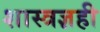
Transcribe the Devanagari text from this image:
शास्त्रज्ञही